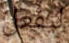
ليفعل